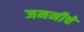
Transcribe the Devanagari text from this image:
जननीचे